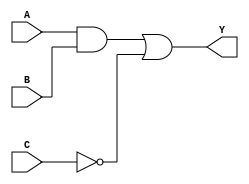
module combinational_logic (
    input wire [3:0] A,      // 4-bit input signal A
    input wire [3:0] B,      // 4-bit input signal B
    input wire C,            // 1-bit input signal C
    output reg [3:0] Y       // 4-bit output signal Y
);

always @(*) begin
    // Combinational logic expression
    // Example: Y = (A AND B) OR (NOT C)
    Y = (A & B) | (~C);
end

endmodule